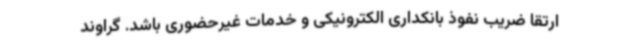
ارتقا ضریب نفوذ بانکداری الکترونیکی و خدمات غیرحضوری باشد. گراوند